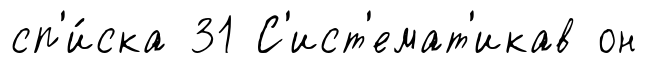
сп'и́ска 31 С'ист'емат'икав он